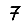
Digit: 7